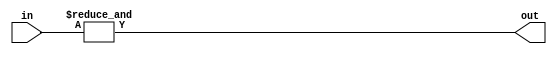
module eight_input_and_gate (
    input [7:0] in,
    output out
);

assign out = &in;

endmodule